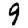
Digit: 9